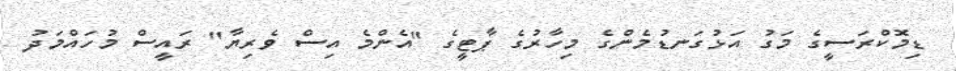
ޑިމޮކްރަސީގެ މަގު އަޅުގަނޑުމެންގެ މިހާރުގެ ޕާޓީގެ "އެންމެ އިސް ވެރިޔާ" ރައީސް މުހައްމަދު